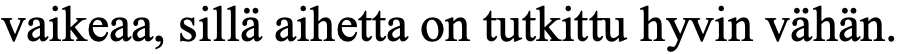
vaikeaa, sillä aihetta on tutkittu hyvin vähän.